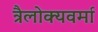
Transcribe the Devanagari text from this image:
त्रैलोक्यवर्मा